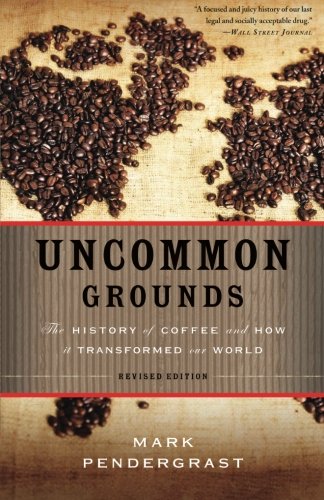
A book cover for Uncommon Grounds: The History of Coffee and How It Transformed Our World; Mark Pendergrast; Cookbooks, Food & Wine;